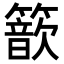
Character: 𥵗